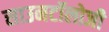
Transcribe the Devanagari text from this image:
साउनटॉलोजी